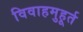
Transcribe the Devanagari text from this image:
विवाहमुहूर्त